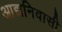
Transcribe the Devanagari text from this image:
आद्यनिवासी